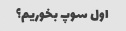
اول سوپ بخوریم؟